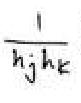
$\frac{1}{h_j h_k}$